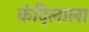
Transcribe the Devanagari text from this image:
कंदिलाला